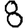
Digit: 8